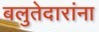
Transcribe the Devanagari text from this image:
बलुतेदारांना